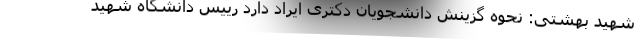
شهید بهشتی: نحوه گزینش دانشجویان دکتری ایراد دارد رییس دانشگاه شهید